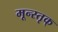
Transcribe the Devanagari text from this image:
मून्स्तृक्